Vaccination in Burma 1889-1999 - 1889-1999
Year: 1889
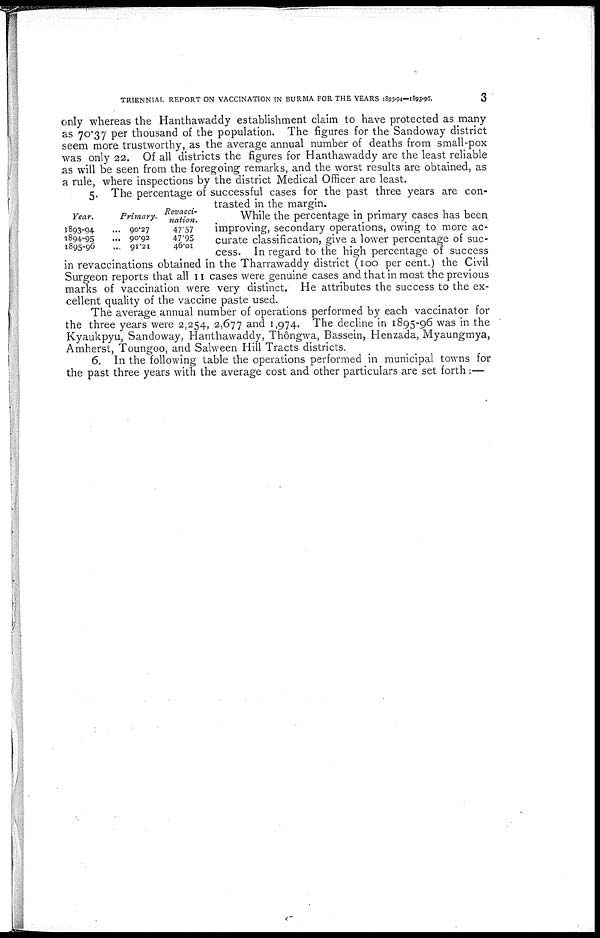
TRIENNIAL REPORT ON VACCINATION IN BURMA FOR THE YEARS 1893-94—1895-96.
3
only whereas the Hanthawaddy establishment claim to have protected as many
as 70.37 per thousand of the population. The figures for the Sandoway district
seem more trustworthy, as the average annual number of deaths from small-pox
was only 22. Of all districts the figures for Hanthawaddy are the least reliable
as will be seen from the foregoing remarks, and the worst results are obtained, as
a rule, where inspections by the district Medical Officer are least.
5. The percentage of successful cases for the past three years are con-
trasted in the margin.
While the percentage in primary cases has been
improving, secondary operations, owing to more ac-
curate classification, give a lower percentage of suc-
cess. In regard to the high percentage of success
in revaccinations obtained in the Tharrawaddy district (100 per cent.) the Civil
Surgeon reports that all 11 cases were genuine cases and that in most the previous
marks of vaccination were very distinct. He attributes the success to the ex-
cellent quality of the vaccine paste used.
The average annual number of operations performed by each vaccinator for
the three years were 2,254, 2,677 and 1,974. The decline in 1895-96 was in the
Kyaukpyu, Sandoway, Hanthawaddy, Thôngwa, Bassein, Henzada, Myaungmya,
Amherst, Toungoo, and Salween Hill Tracts districts.
6. In the following table the operations performed in municipal towns for
the past three years with the average cost and other particulars are set forth :—
Year.
1893-94 ...
1894-95 ...
1895-96 ...
Primary.
90.27
90.92
91.21
Revacci-
nation.
47.57
47.95
46.01